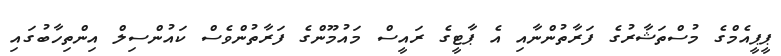
ޕީޕީއެމްގެ މުސްތަޝާރުގެ ފަރާތުންނާއި އެ ޕާޓީގެ ރައީސް މައުމޫންގެ ފަރާތުންވެސް ކައުންސިލް އިންތިހާބުގައި